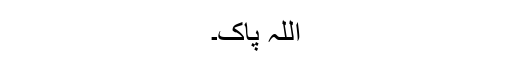
اللّہ پاک۔